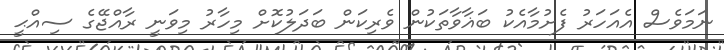
ނަމަވެސް އެއަހަރު ފެށުމާއެކު ބަޣާވާތަކުން ވެރިކަން ބަދަލުކޮށް މިހާރު މިވަނީ ރާއްޖޭގެ ސިއްޙީ